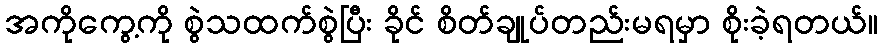
အကိုကွေ့ကို စွဲသထက်စွဲပြီး ခိုင် စိတ်ချုပ်တည်းမရမှာ စိုးခဲ့ရတယ်။